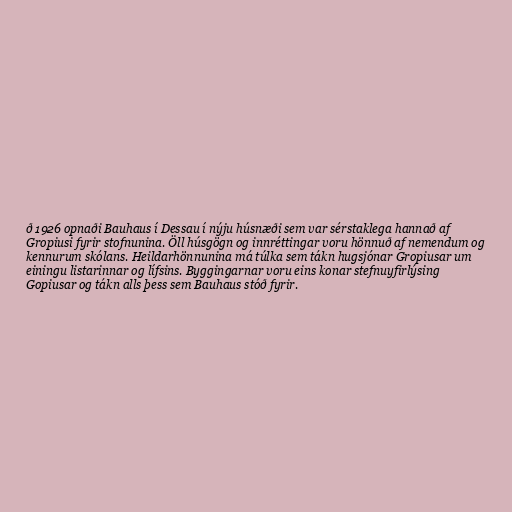
ð 1926 opnaði Bauhaus í Dessau í nýju húsnæði sem var sérstaklega hannað af
Gropiusi fyrir stofnunina. Öll húsgögn og innréttingar voru hönnuð af nemendum og
kennurum skólans. Heildarhönnunina má túlka sem tákn hugsjónar Gropiusar um
einingu listarinnar og lífsins. Byggingarnar voru eins konar stefnuyfirlýsing
Gopiusar og tákn alls þess sem Bauhaus stóð fyrir.